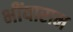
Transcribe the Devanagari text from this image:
भींयाराम